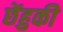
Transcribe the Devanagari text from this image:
छेंहुकी